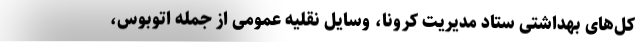
کل‌های بهداشتی ستاد مدیریت کرونا، وسایل نقلیه عمومی از جمله اتوبوس،